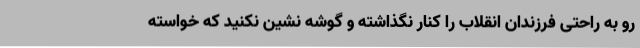
رو به راحتی فرزندان انقلاب را کنار نگذاشته و گوشه نشین نکنید که خواسته